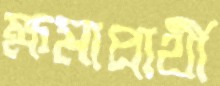
ক্ষমাপ্রার্থী